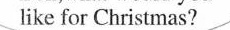
like for Christmas?